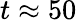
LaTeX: t\approx 50